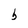
Character: b